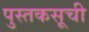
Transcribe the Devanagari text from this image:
पुस्तकसूची